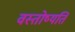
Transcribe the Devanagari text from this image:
वस्तोष्यति